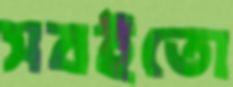
সবইতো